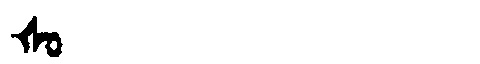
Manchu: ᡧᠣ
Romanization: ŠO